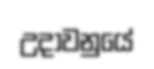
උදාවනුයේ